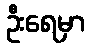
ဦးရေမှာ